Scottish Leaving Certificate Examination, 1957
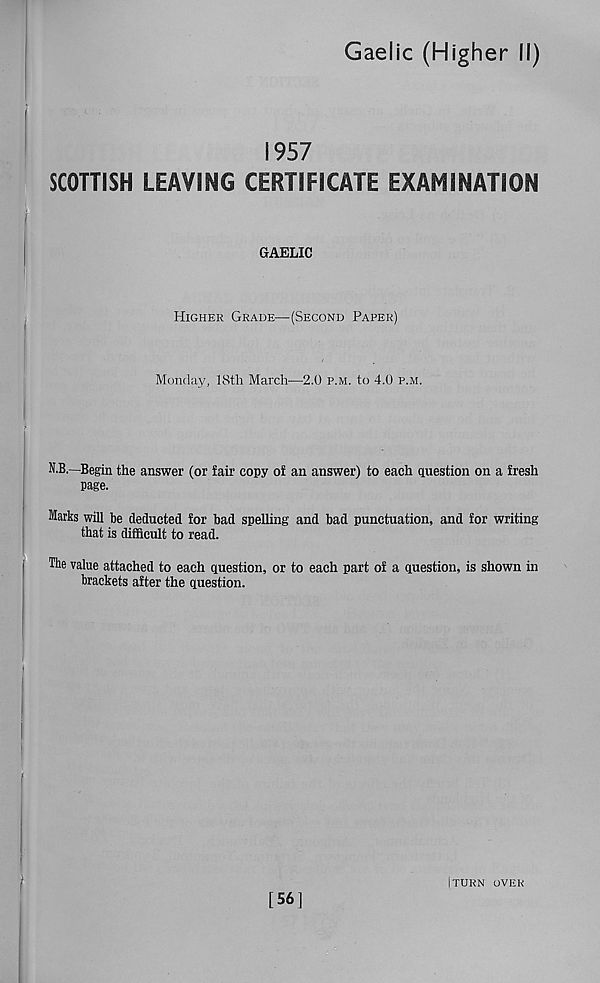
Gaelic (Higher II)
1957
SCOTTISH LEAVING CERTIFICATE EXAMINATION
GAELIC
Higher Grade—(Second Paper)
Monday, 18th March—2.0 p.m. to 4.0 p.m.
N.B.—Begin the answer (or fair copy of an answer) to each question on a fresh
page.
Marks will be deducted for bad spelling and bad punctuation, and for writing
that is difficult to read.
The value attached to each question, or to each part of a question, is shown in
brackets after the question.
[56]
I TURN OVER